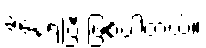
ခံနေရပြီ ဖြစ်ပါတယ်။